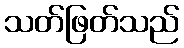
သတ်ဖြတ်သည်